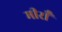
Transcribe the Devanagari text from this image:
मीराँ